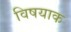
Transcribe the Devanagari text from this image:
विषयाक